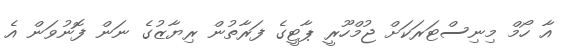
އާ ހޯމް މިނިސްޓަރަކަށް ޖުމްހޫރީ ޕާޓީގެ ފަރާތުން ރިޔާޒުގެ ނަން ފޮނުވަން އެ